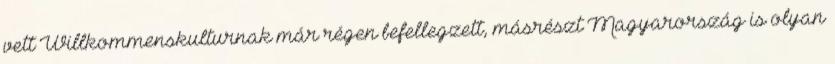
vett Willkommenskulturnak már régen befellegzett, másrészt Magyarország is olyan